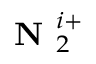
\textbf { N } _ { 2 } ^ { i + }